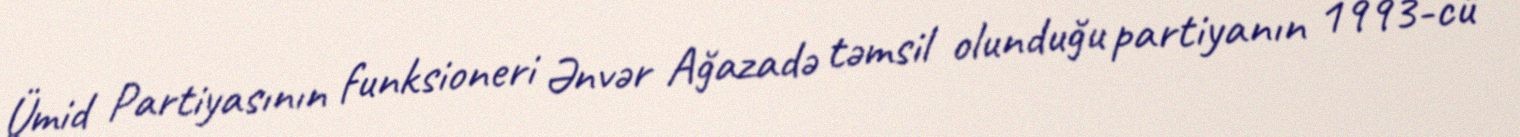
Ümid Partiyasının funksioneri Ənvər Ağazadə təmsil olunduğu partiyanın 1993-cü